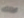
فذلك